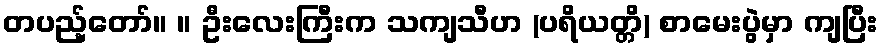
တပည့်တော်။ ။ ဦးလေးကြီးက သကျသီဟ (ပရိယတ္တိ) စာမေးပွဲမှာ ကျပြီး